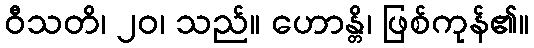
ဝီသတိ၊ ၂၀၊ သည်။ ဟောန္တိ၊ ဖြစ်ကုန်၏။